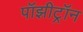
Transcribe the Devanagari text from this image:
पॉझीट्रॉन